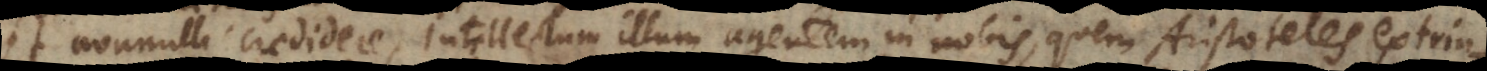
et nonnulli credidere, intellectum illum agentem in nobis, quem Aristoteles extrins